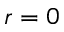
r = 0